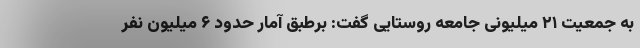
به جمعیت ۲۱ میلیونی جامعه روستایی گفت: برطبق آمار حدود ۶ میلیون نفر